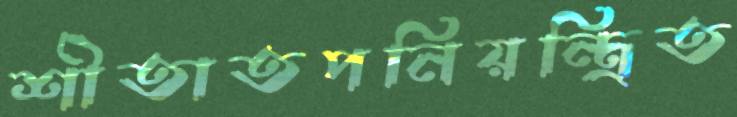
শীতাতপনিয়ন্ত্রিত